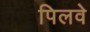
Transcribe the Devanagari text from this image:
पिलवे